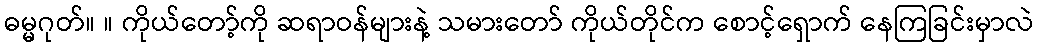
ဓမ္မဂုတ်။ ။ ကိုယ်တော့်ကို ဆရာဝန်များနဲ့ သမားတော် ကိုယ်တိုင်က စောင့်ရှောက် နေကြခြင်းမှာလဲ